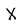
Character: X